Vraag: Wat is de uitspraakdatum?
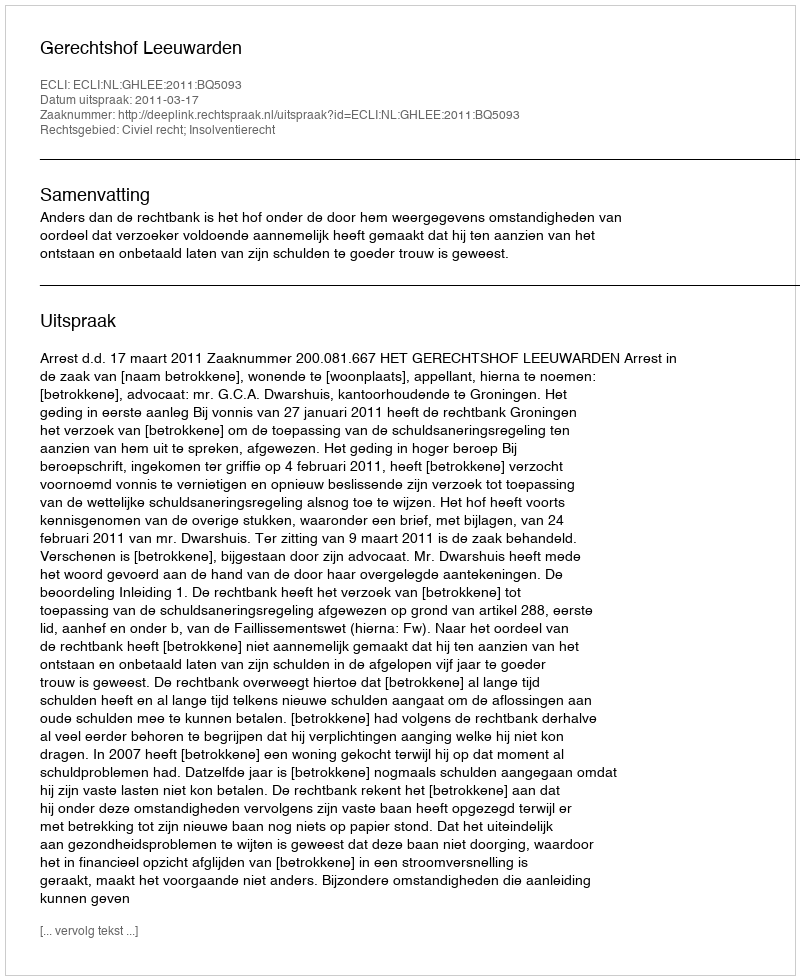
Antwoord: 2011-03-17